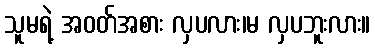
သူမရဲ့ အဝတ်အစား လှပလား၊မ လှပဘူးလား။